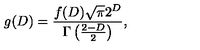
g ( D ) = \frac { f ( D ) \sqrt { \pi } 2 ^ { D } } { \Gamma \left( \frac { 2 - D } { 2 } \right) } ,